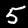
Label: 5